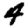
Digit: 4